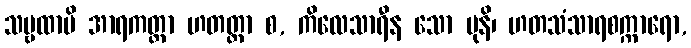
သဗ္ဗထာပိ အာရကတ္တာ ဟတတ္တာ စ, ကိလေသာရီန သော မုနိ၊ ဟတသံသာရစက္ကာရော,